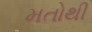
મતોથી